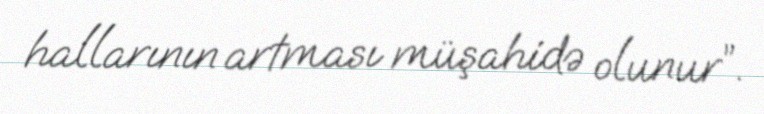
hallarının artması müşahidə olunur”.